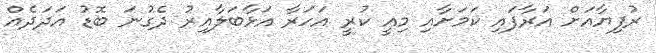
ރުފިޔާއަށް އަރާފައި ކަމަށާއި މިއީ ކުރީ އަހަރާ އަޅާބަލާއިރު ދެގުނަ ބޮޑު އަދަދެއް